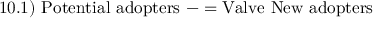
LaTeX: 1 0 . 1 ) \ { \mathrm { P o t e n t i a l ~ a d o p t e r s } } \ - = { \mathrm { V a l v e ~ N e w ~ a d o p t e r s } }